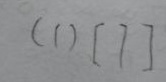
( 1 ) [ 7 ]